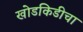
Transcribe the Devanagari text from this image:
खोडकिडीचा